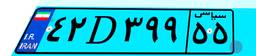
۴۲D۳۹۹۵۵